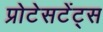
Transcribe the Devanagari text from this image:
प्रोटेसटेंट्स